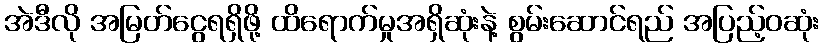
အဲဒီလို အမြတ်ငွေရရှိဖို့ ထိရောက်မှုအရှိဆုံးနဲ့ စွမ်းဆောင်ရည် အပြည့်ဝဆုံး